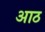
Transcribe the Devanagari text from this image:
अाठ